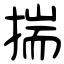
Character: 揣